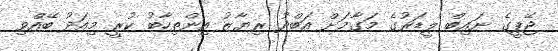
ޖޭޕީގެ ނައިބް ލީޑަރުގެ މަގާމަށް އަބްދު ރިޔާޒު އިންތިހާބު ކުރީ މިއަދު ބޭއްވި